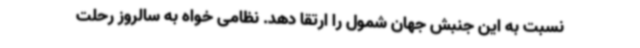
نسبت به این جنبش جهان شمول را ارتقا دهد. نظامی خواه به سالروز رحلت